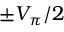
\pm V _ { \pi } / 2